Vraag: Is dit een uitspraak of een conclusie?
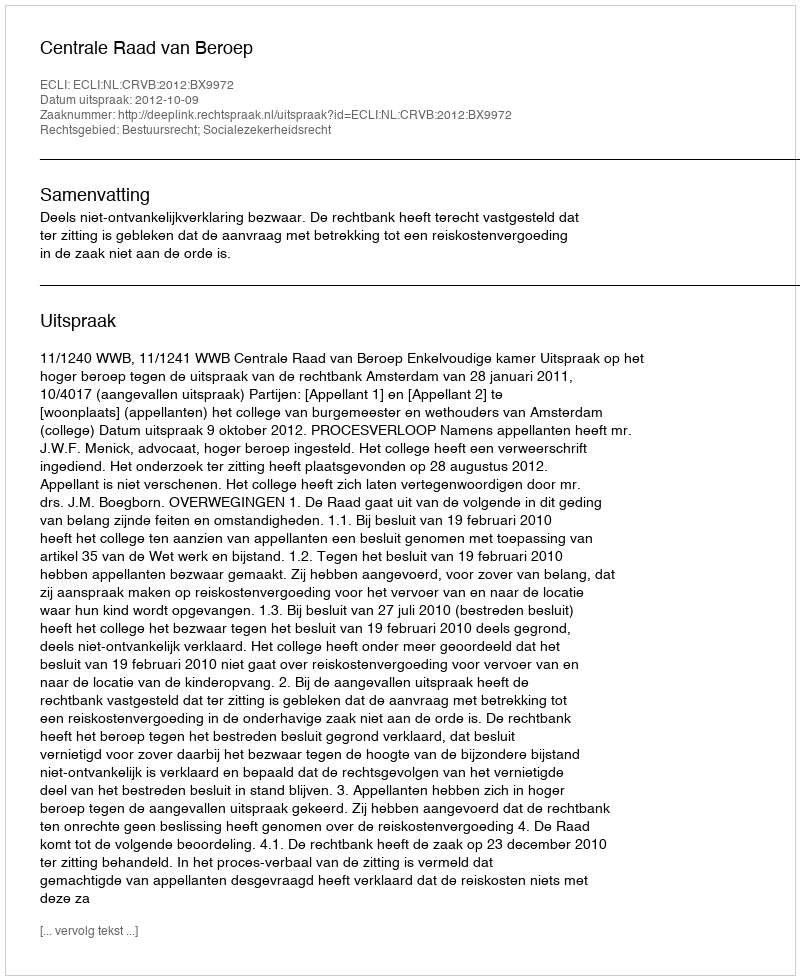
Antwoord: Uitspraak